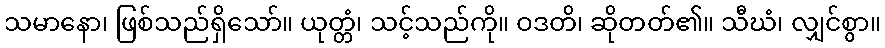
သမာနော၊ ဖြစ်သည်ရှိသော်။ ယုတ္တံ၊ သင့်သည်ကို။ ဝဒတိ၊ ဆိုတတ်၏။ သီဃံ၊ လျှင်စွာ။